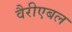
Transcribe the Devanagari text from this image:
वैरीएबल